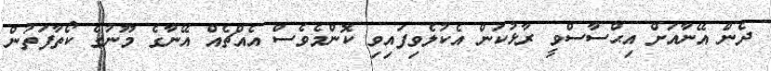
ދެން އޭނާއަށް އިޙްސާސްވީ ރާޅުކަން އެކުލެވިފައިވި ކޮންމެވެސް އެއްޗެއް އޭނާގެ މޫނުގެ ކޯތާފަތުން